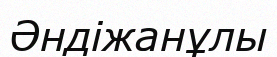
Әндіжанұлы